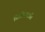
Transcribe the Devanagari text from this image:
तिलोयपन्नति